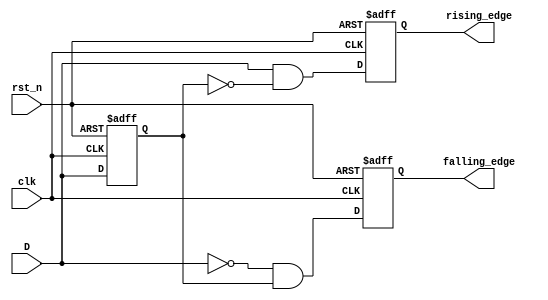
module glitch_free_edge_detector (
    input wire clk,            // Clock signal
    input wire rst_n,         // Active low reset signal
    input wire D,             // Input signal to be monitored
    output reg rising_edge,    // Output signal for rising edge detection
    output reg falling_edge    // Output signal for falling edge detection
);

    reg D_prev;               // Register to hold the previous state of the input signal

    // Asynchronous reset and edge detection logic
    always @(posedge clk or negedge rst_n) begin
        if (!rst_n) begin
            D_prev <= 1'b0;   // Reset previous state to low
            rising_edge <= 1'b0;  // Clear rising edge output
            falling_edge <= 1'b0; // Clear falling edge output
        end else begin
            // Edge detection logic
            rising_edge <= (D == 1'b1 && D_prev == 1'b0); // Rising edge detected
            falling_edge <= (D == 1'b0 && D_prev == 1'b1); // Falling edge detected
            
            // Update the previous state
            D_prev <= D;       // Store the current state for the next clock cycle
        end
    end

endmodule